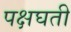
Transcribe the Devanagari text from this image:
पक्षघती